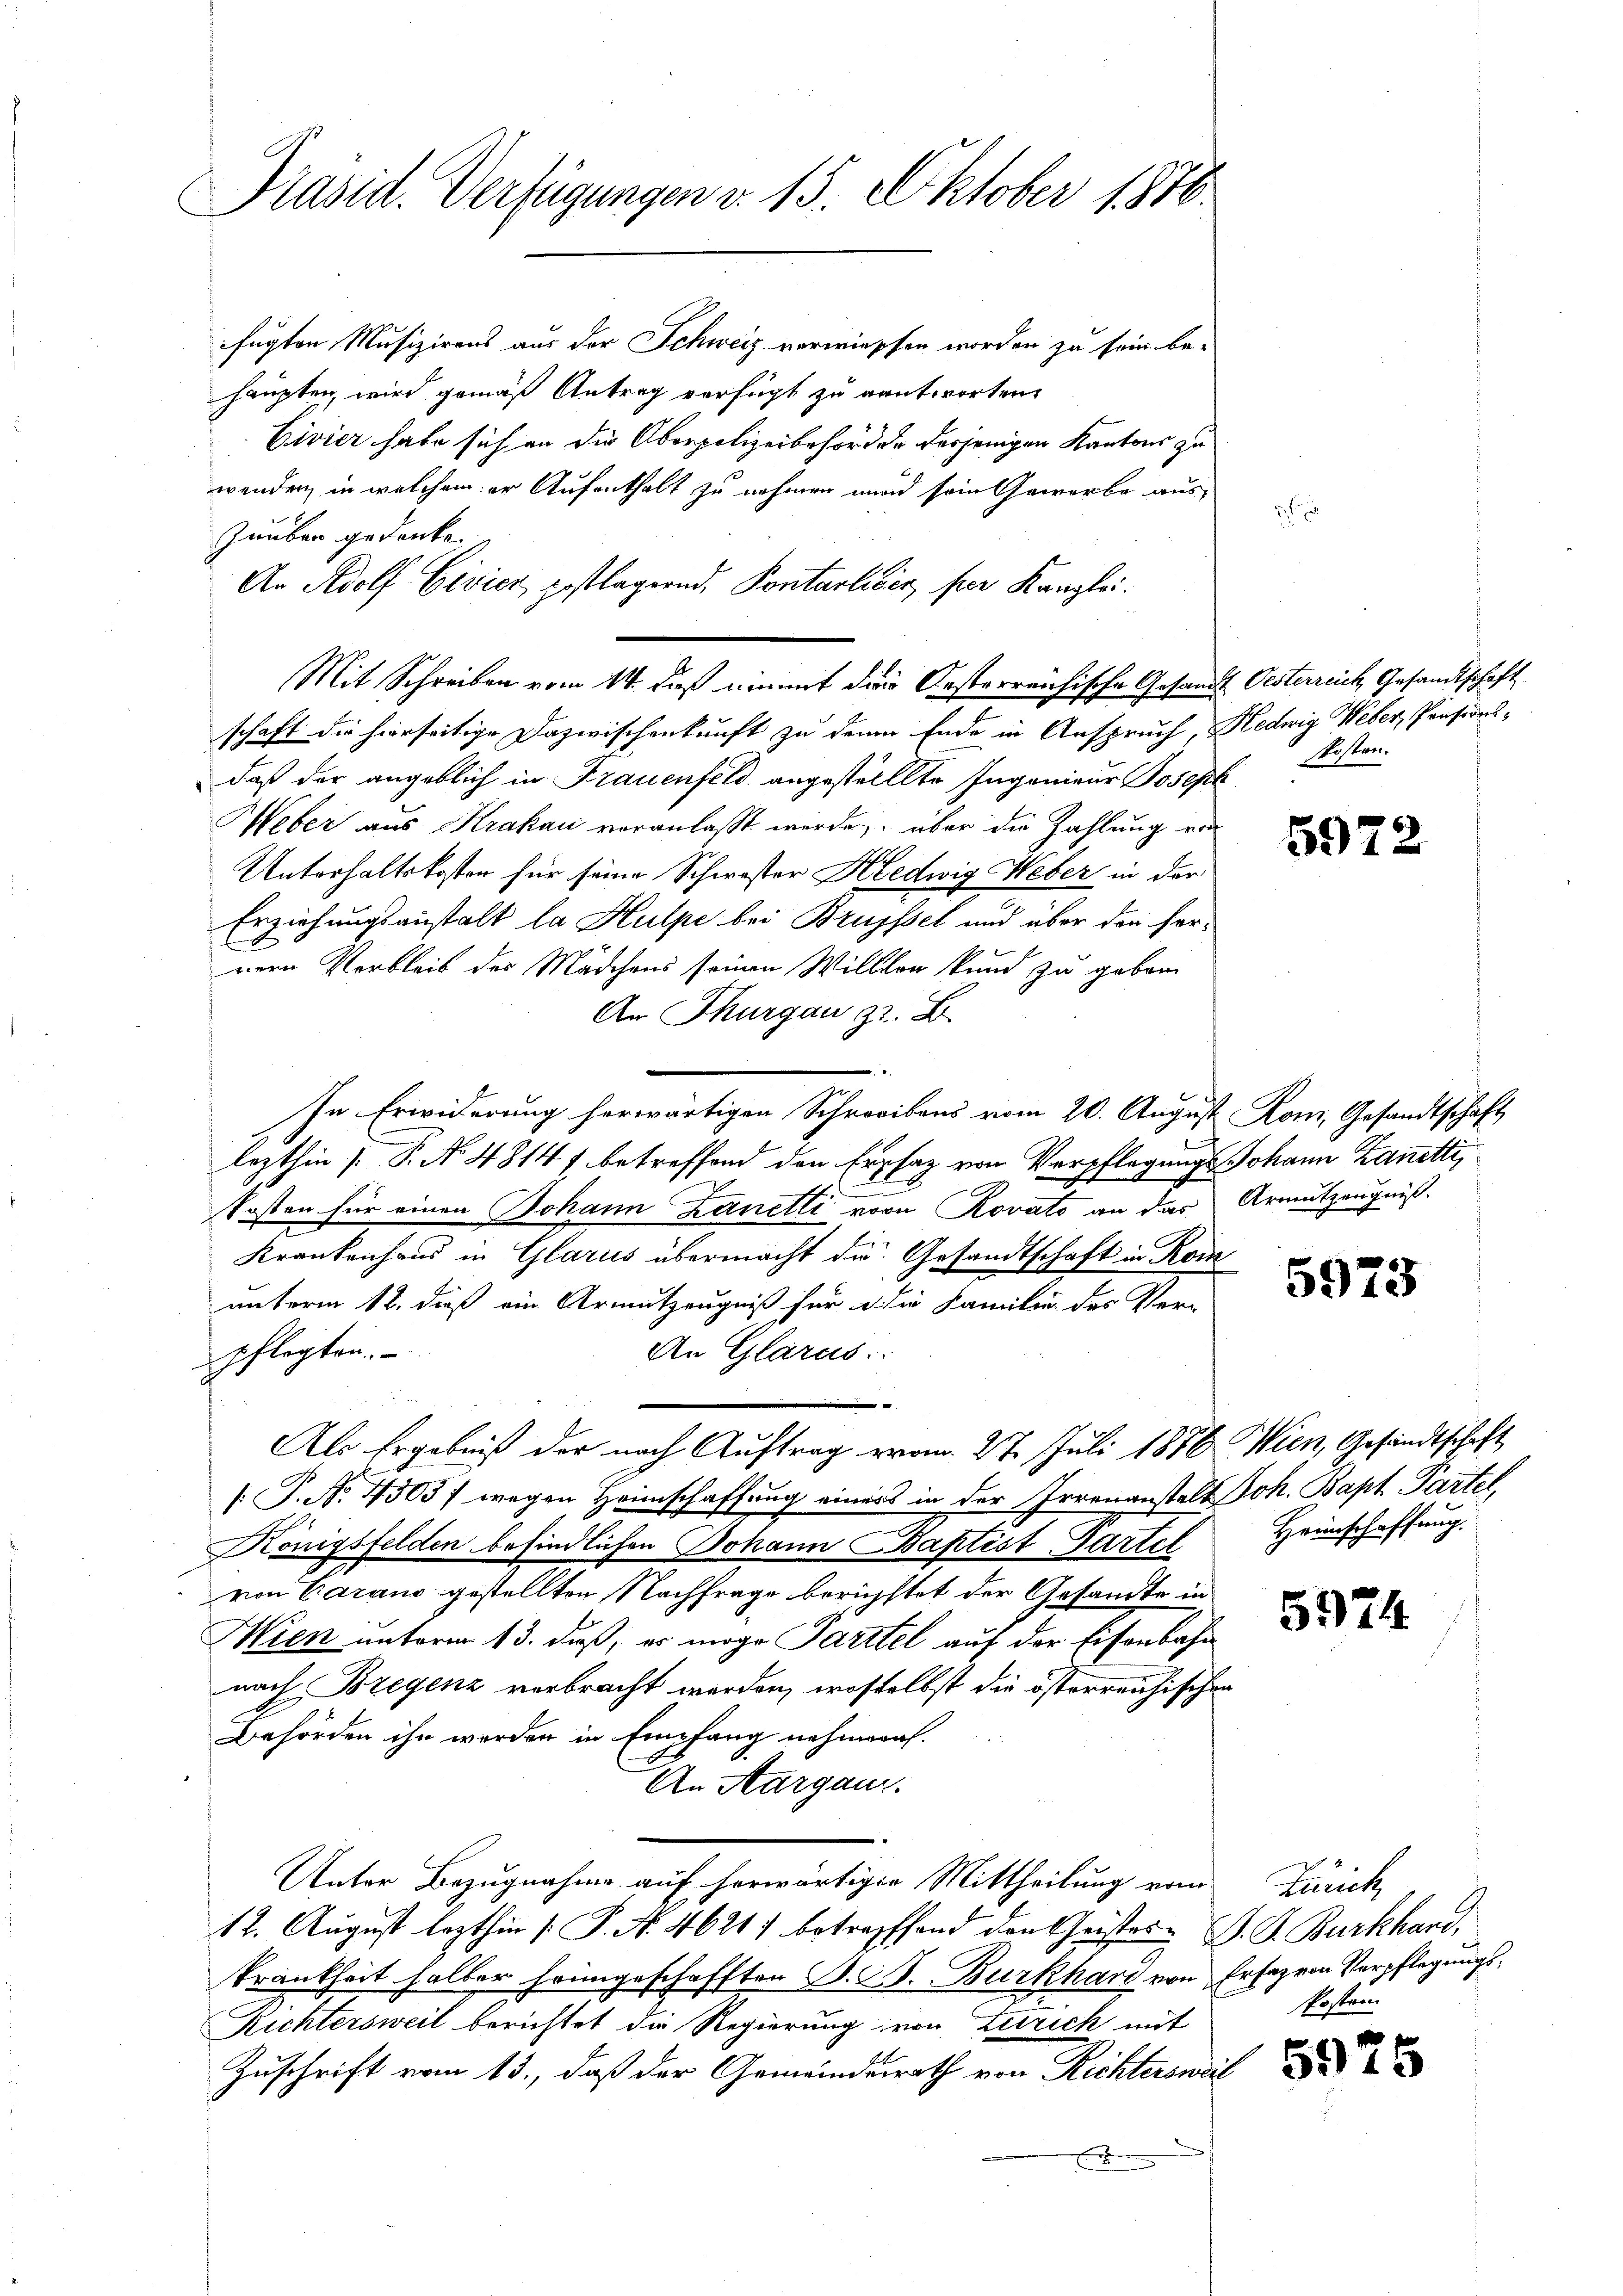
Präsid. Verfügungen v. 15. Oktober 1876.

fügten Musizirens aus der Schweiz verwiessen worden zu sein be-
haupten, wird gemäß Antrag verfügt zu rantworten.
Eivier habe sich an die Oberpolizeibehörde de derjenigen Kantons zu
wenden, in welchem er Aufenthalt zu nehmen wird sein Gewerbe auszuüben gedenke.
Ar Adolf Civier gestlagernd, Pontarliber, per Kanzlei.
daß der angeblich in Frauenfeld angestellter Ingenieur Joseph
Heber aus Krakau veranlaßt werde, über die Zahlung von
Unterhaltskosten für seine Schwester Hedwig Weber in der
Erziehungsanstalt la Hulpe bei Brüssel und über den herrern Verbleib des Mädchens seinen Willer kund zu geben
An Thurgau z. B.
In Erwiderung herwärtigen Schreibens vom 20. August Rom, Gesandtschaft
lezthin [P. No. 4814 f. betreffend den Erphaz von Verpflegungs Johann Kanetti,
Posten für einen Johann Zanelli von Rovato an das
Krankenhand in Glarus übermacht die Gesandtschaft in Kom
unterm 12. dieß ein Armutzeugniß für die Familie des Ver-
An Glarus.
pflegten.
Als Ergebniß der nach Auftrag vom 27. Juli 1876. Wien, Gesandtschaft
[ P. No. 4503) wegen Heimschaffung einers in der Irrenanstalt Joh. Bapt Partel,
Königsfelden befindlichen Johann Baptist Gartel
von Vacano gestellten Nachfrage berichstet der Gesandte in
Mien unterm 13. daß, es möge Parttel auf der Eisenbahn
nach Bregenz verbracht werden, woselbst die österreichischen
Behörden ihn werden in Empfang nehmeral-
An Aargau.
Unter Bezugnahme auf herwärtigen Mittheilung vom
12. August lezthin [P. N. 4621) betreffend den Geistes P. G. Burkhard,
krankheit halber heimgeschafften S. B. Burkhard von Erfahren Verpflegungs¬
Richtersweil berichtet die Regierung von Zürich mit
Zuschrift vom 13., daß der Gemeindesrath von Richterswer
x

Mit Schreiben vom 14. daß ein mit die Oesterreichische Gesandt Oesterreich Gesandtschaft
schaft die hierseitige Dazwischenkunft zu denen Ende in Anspruch, Hedwig Weber, Pensions¬

Posten.

5922

Armutzeugniß.

5973

Heimschaffung.

5974

Zürich,
Kostern

5975